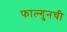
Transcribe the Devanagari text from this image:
फाल्गुनची